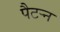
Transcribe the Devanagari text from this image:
पैटऱ्न